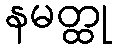
နမတ္ထု